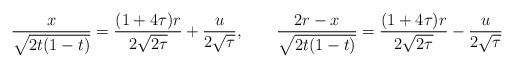
LaTeX: \begin{align*}\frac x{\sqrt{2t(1-t)}}=\frac{(1+4\tau)r}{2\sqrt{2\tau}}+\frac u{2\sqrt\tau},\qquad\frac{2r-x}{\sqrt{2t(1-t)}}=\frac{(1+4\tau)r}{2\sqrt{2\tau}}-\frac u{2\sqrt\tau}\end{align*}